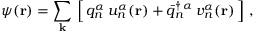
\psi ( { \bf r } ) = \sum _ { \bf k } \, \left[ \, q _ { n } ^ { \alpha } \, u _ { n } ^ { \alpha } ( { \bf r } ) + { \bar { q } } _ { n } ^ { \dagger \, { \alpha } } \, v _ { n } ^ { \alpha } ( { \bf r } ) \, \right] \, ,